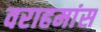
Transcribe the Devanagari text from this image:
वराहमांस